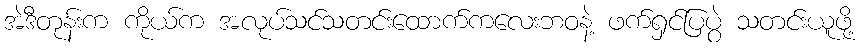
အဲဒီတုန်းက ကိုယ်က အလုပ်သင်သတင်းထောက်ကလေးဘဝနဲ့ ဖက်ရှင်ပြပွဲ သတင်းယူဖို့